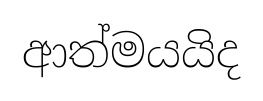
ආත්මයයිද